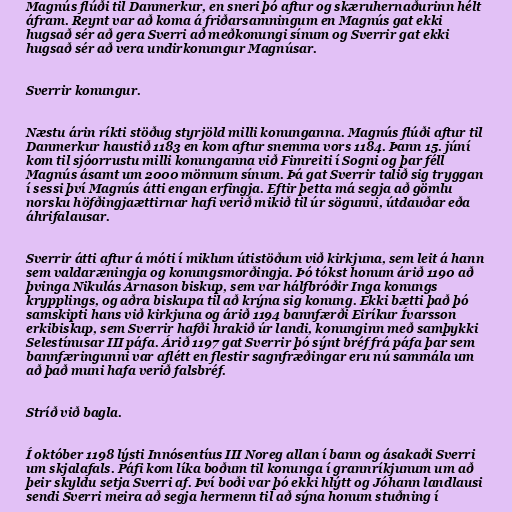
Magnús flúði til Danmerkur, en sneri þó aftur og skæruhernaðurinn hélt
áfram. Reynt var að koma á friðarsamningum en Magnús gat ekki
hugsað sér að gera Sverri að meðkonungi sínum og Sverrir gat ekki
hugsað sér að vera undirkonungur Magnúsar.

Sverrir konungur.

Næstu árin ríkti stöðug styrjöld milli konunganna. Magnús flúði aftur til
Danmerkur haustið 1183 en kom aftur snemma vors 1184. Þann 15. júní
kom til sjóorrustu milli konunganna við Fimreiti í Sogni og þar féll
Magnús ásamt um 2000 mönnum sínum. Þá gat Sverrir talið sig tryggan
í sessi því Magnús átti engan erfingja. Eftir þetta má segja að gömlu
norsku höfðingjaættirnar hafi verið mikið til úr sögunni, útdauðar eða
áhrifalausar.

Sverrir átti aftur á móti í miklum útistöðum við kirkjuna, sem leit á hann
sem valdaræningja og konungsmorðingja. Þó tókst honum árið 1190 að
þvinga Nikulás Árnason biskup, sem var hálfbróðir Inga konungs
krypplings, og aðra biskupa til að krýna sig konung. Ekki bætti það þó
samskipti hans við kirkjuna og árið 1194 bannfærði Eiríkur Ívarsson
erkibiskup, sem Sverrir hafði hrakið úr landi, konunginn með samþykki
Selestínusar III páfa. Árið 1197 gat Sverrir þó sýnt bréf frá páfa þar sem
bannfæringunni var aflétt en flestir sagnfræðingar eru nú sammála um
að það muni hafa verið falsbréf.

Stríð við bagla.

Í október 1198 lýsti Innósentíus III Noreg allan í bann og ásakaði Sverri
um skjalafals. Páfi kom líka boðum til konunga í grannríkjunum um að
þeir skyldu setja Sverri af. Því boði var þó ekki hlýtt og Jóhann landlausi
sendi Sverri meira að segja hermenn til að sýna honum stuðning í